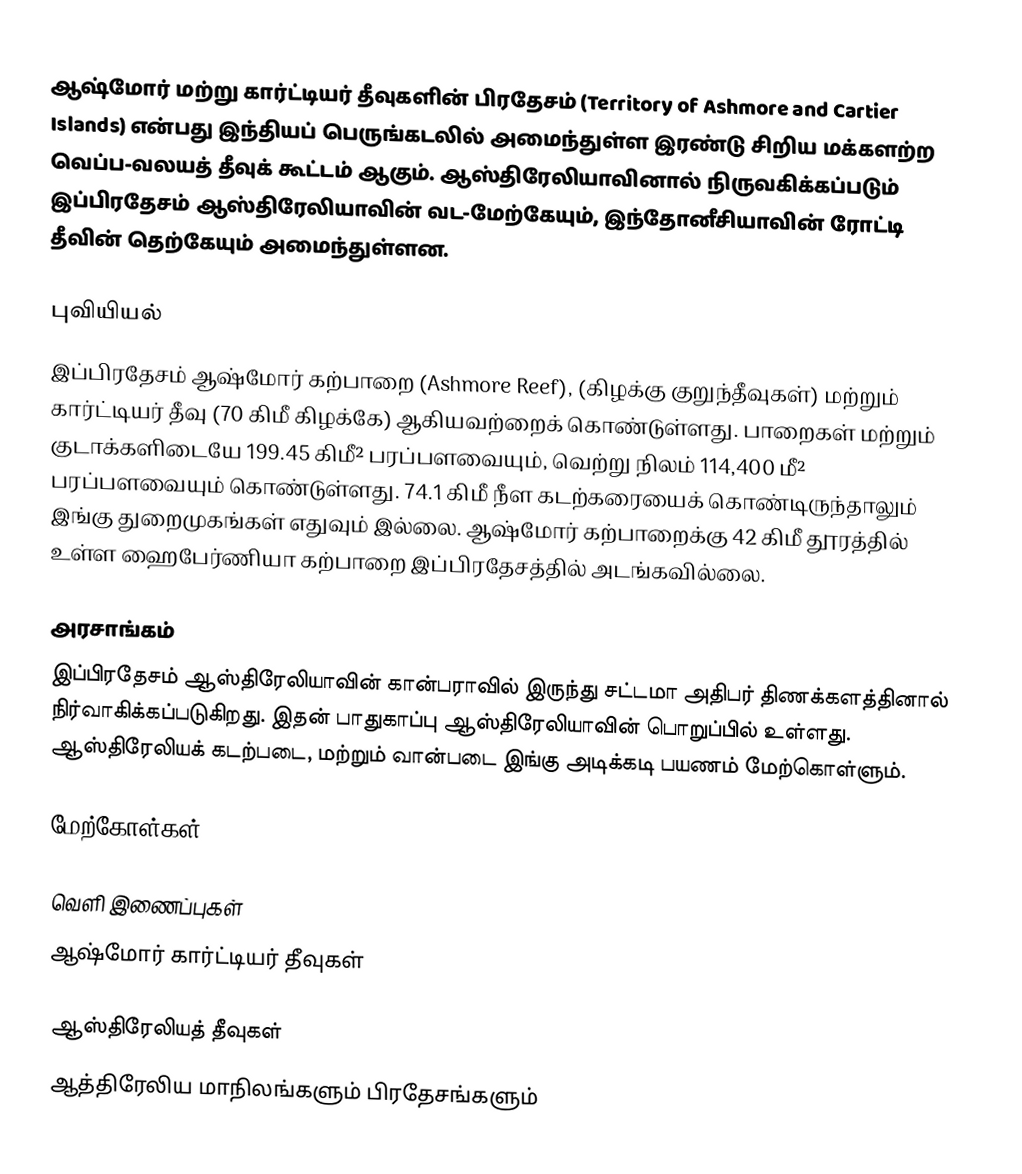
ஆஷ்மோர் மற்று கார்ட்டியர் தீவுகளின் பிரதேசம் (Territory of Ashmore and Cartier Islands) என்பது இந்தியப் பெருங்கடலில் அமைந்துள்ள இரண்டு சிறிய மக்களற்ற வெப்ப-வலயத் தீவுக் கூட்டம் ஆகும். ஆஸ்திரேலியாவினால் நிருவகிக்கப்படும் இப்பிரதேசம் ஆஸ்திரேலியாவின் வட-மேற்கேயும், இந்தோனீசியாவின் ரோட்டி தீவின் தெற்கேயும் அமைந்துள்ளன.

புவியியல்
இப்பிரதேசம் ஆஷ்மோர் கற்பாறை (Ashmore Reef), (கிழக்கு குறுந்தீவுகள்) மற்றும் கார்ட்டியர் தீவு (70 கிமீ கிழக்கே) ஆகியவற்றைக் கொண்டுள்ளது. பாறைகள் மற்றும் குடாக்களிடையே 199.45 கிமீ² பரப்பளவையும், வெற்று நிலம் 114,400 மீ² பரப்பளவையும் கொண்டுள்ளது. 74.1 கிமீ நீள கடற்கரையைக் கொண்டிருந்தாலும் இங்கு துறைமுகங்கள் எதுவும் இல்லை. ஆஷ்மோர் கற்பாறைக்கு 42 கிமீ தூரத்தில் உள்ள ஹைபேர்ணியா கற்பாறை இப்பிரதேசத்தில் அடங்கவில்லை.

அரசாங்கம்
இப்பிரதேசம் ஆஸ்திரேலியாவின் கான்பராவில் இருந்து சட்டமா அதிபர் திணக்களத்தினால் நிர்வாகிக்கப்படுகிறது. இதன் பாதுகாப்பு ஆஸ்திரேலியாவின் பொறுப்பில் உள்ளது. ஆஸ்திரேலியக் கடற்படை, மற்றும் வான்படை இங்கு அடிக்கடி பயணம் மேற்கொள்ளும்.

மேற்கோள்கள்

வெளி இணைப்புகள்
 ஆஷ்மோர் கார்ட்டியர் தீவுகள்

ஆஸ்திரேலியத் தீவுகள்
ஆத்திரேலிய மாநிலங்களும் பிரதேசங்களும்